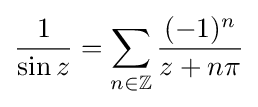
{\frac {1}{\sin z}}=\sum _{n\in \mathbb {Z} }{\frac {(-1)^{n}}{z+n\pi }}